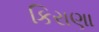
કિરાણા